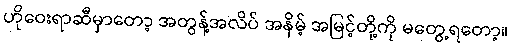
ဟိုဝေးရာဆီမှာတော့ အတွန့်အလိပ် အနိမ့် အမြင့်တို့ကို မတွေ့ရတော့။